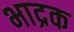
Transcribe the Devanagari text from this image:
भाद्रक